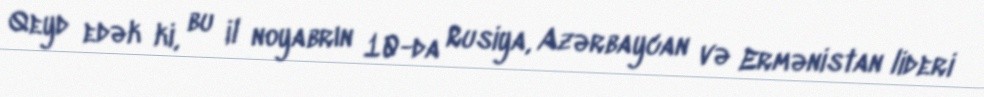
Qeyd edək ki, bu il noyabrın 10-da Rusiya, Azərbaycan və Ermənistan lideri